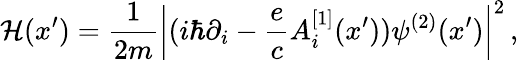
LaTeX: {\cal H}(x{'})={\frac{1}{2m}}\left|(i\hbar\partial_{i}-{\frac{e}{c}}A_{i}^{[1]}(x{'}))\psi^{(2)}(x{'})\right|^{2}\, ,